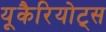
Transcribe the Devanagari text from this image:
यूकैरियोट्स